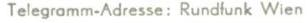
Telegramm-Adresse: Rundfunk Wien